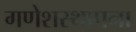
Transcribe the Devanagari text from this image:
गणेशस्थापना